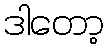
ဒါတော့